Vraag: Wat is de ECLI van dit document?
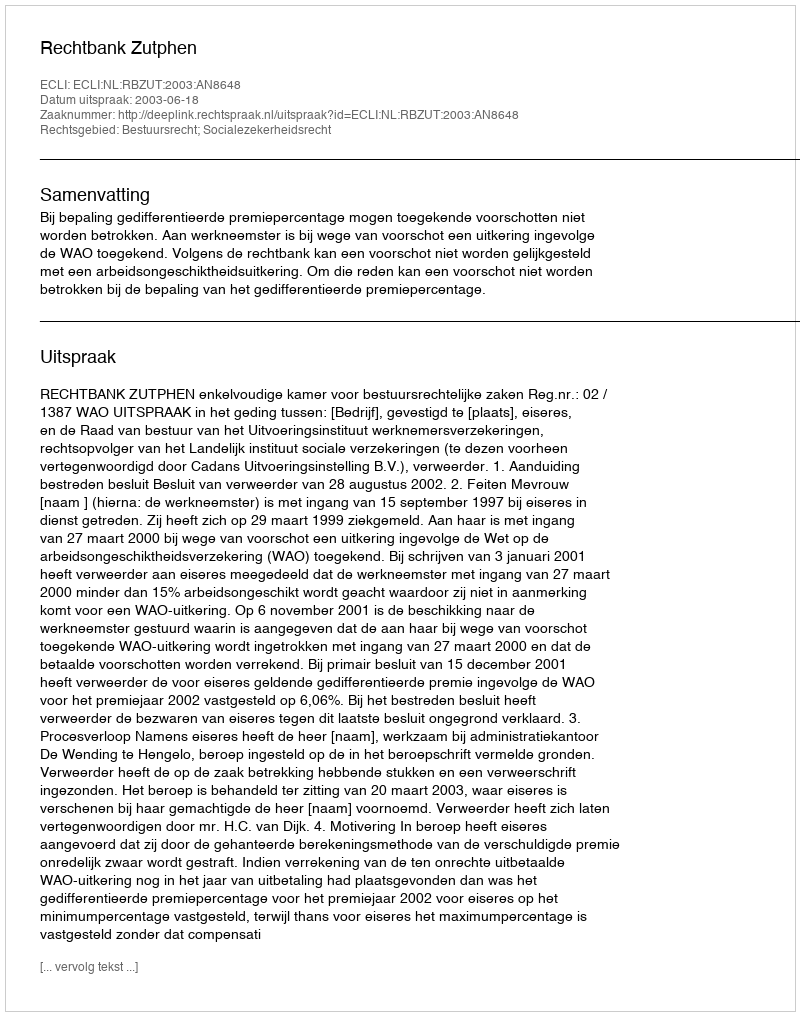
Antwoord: ECLI:NL:RBZUT:2003:AN8648